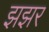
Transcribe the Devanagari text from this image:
झझर